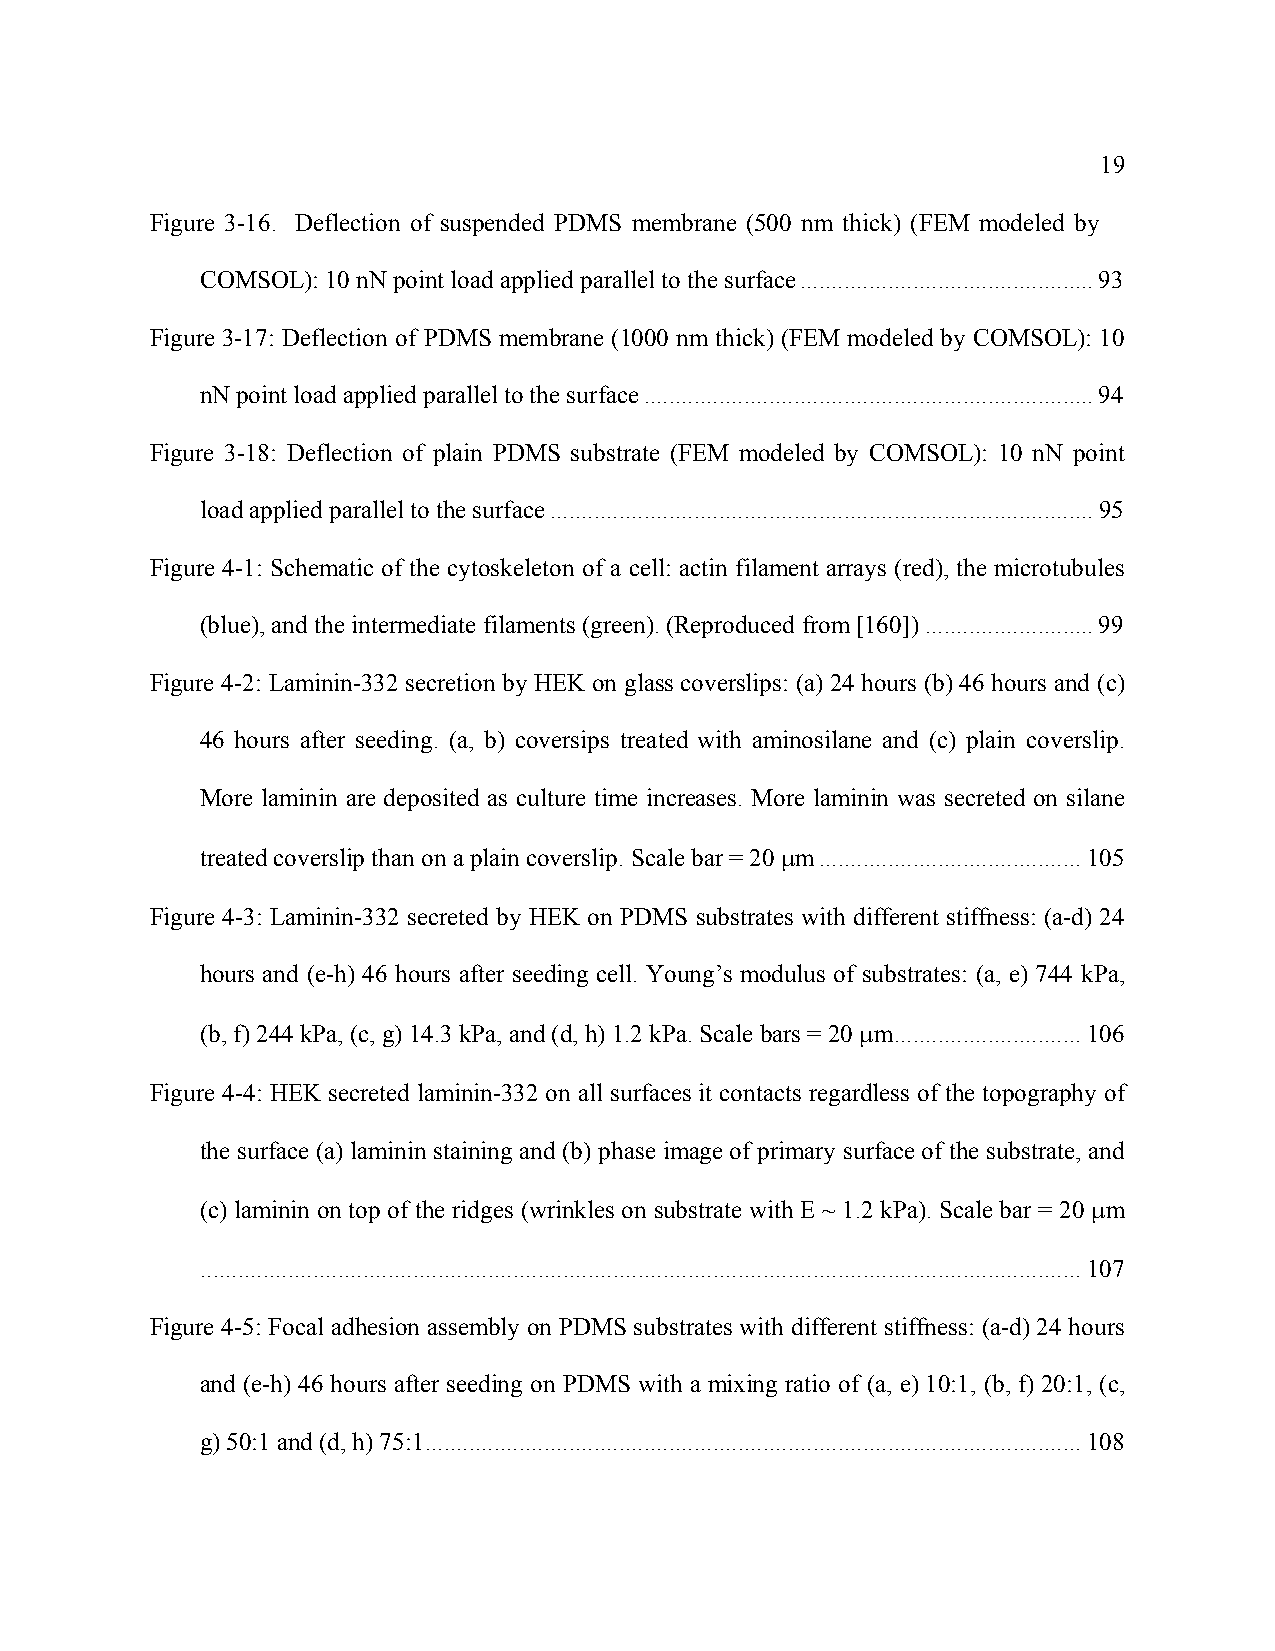
19
 Figure 3-16. Deflection of suspended PDMS membrane (500 nm thick) (FEM modeled by
 COMSOL): 10 nN point load applied parallel to the surface...............................................93
 Figure 3-17: Deflection of PDMS membrane (1000 nm thick) (FEM modeled by COMSOL): 10
 nN point load applied parallel to the surface........................................................................94
 Figure 3-18: Deflection of plain PDMS substrate (FEM modeled by COMSOL): 10 nN point
 load applied parallel to the surface.......................................................................................95
 Figure 4-1: Schematic of the cytoskeleton of a cell: actin filament arrays (red), the microtubules
 (blue), and the intermediate filaments (green). (Reproduced from [160])...........................99
 Figure 4-2: Laminin-332 secretion by HEK on glass coverslips: (a) 24 hours (b) 46 hours and (c)
 46 hours after seeding. (a, b) coversips treated with aminosilane and (c) plain coverslip.
 More laminin are deposited as culture time increases. More laminin was secreted on silane
 treated coverslip than on a plain coverslip. Scale bar = 20 μm..........................................105
 Figure 4-3: Laminin-332 secreted by HEK on PDMS substrates with different stiffness: (a-d) 24
 hours and (e-h) 46 hours after seeding cell. Young’s modulus of substrates: (a, e) 744 kPa,
 (b, f) 244 kPa, (c, g) 14.3 kPa, and (d, h) 1.2 kPa. Scale bars = 20 μm..............................106
 Figure 4-4: HEK secreted laminin-332 on all surfaces it contacts regardless of the topography of
 the surface (a) laminin staining and (b) phase image of primary surface of the substrate, and
 (c) laminin on top of the ridges (wrinkles on substrate with E ~ 1.2 kPa). Scale bar = 20 μm
 .............................................................................................................................................107
 Figure 4-5: Focal adhesion assembly on PDMS substrates with different stiffness: (a-d) 24 hours
 and (e-h) 46 hours after seeding on PDMS with a mixing ratio of (a, e) 10:1, (b, f) 20:1, (c,
 g) 50:1 and (d, h) 75:1.........................................................................................................108